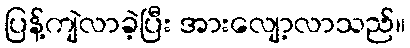
ပြန့်ကျဲလာခဲ့ပြီး အားလျော့လာသည်။